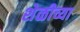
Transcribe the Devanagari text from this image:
शेळीच्या